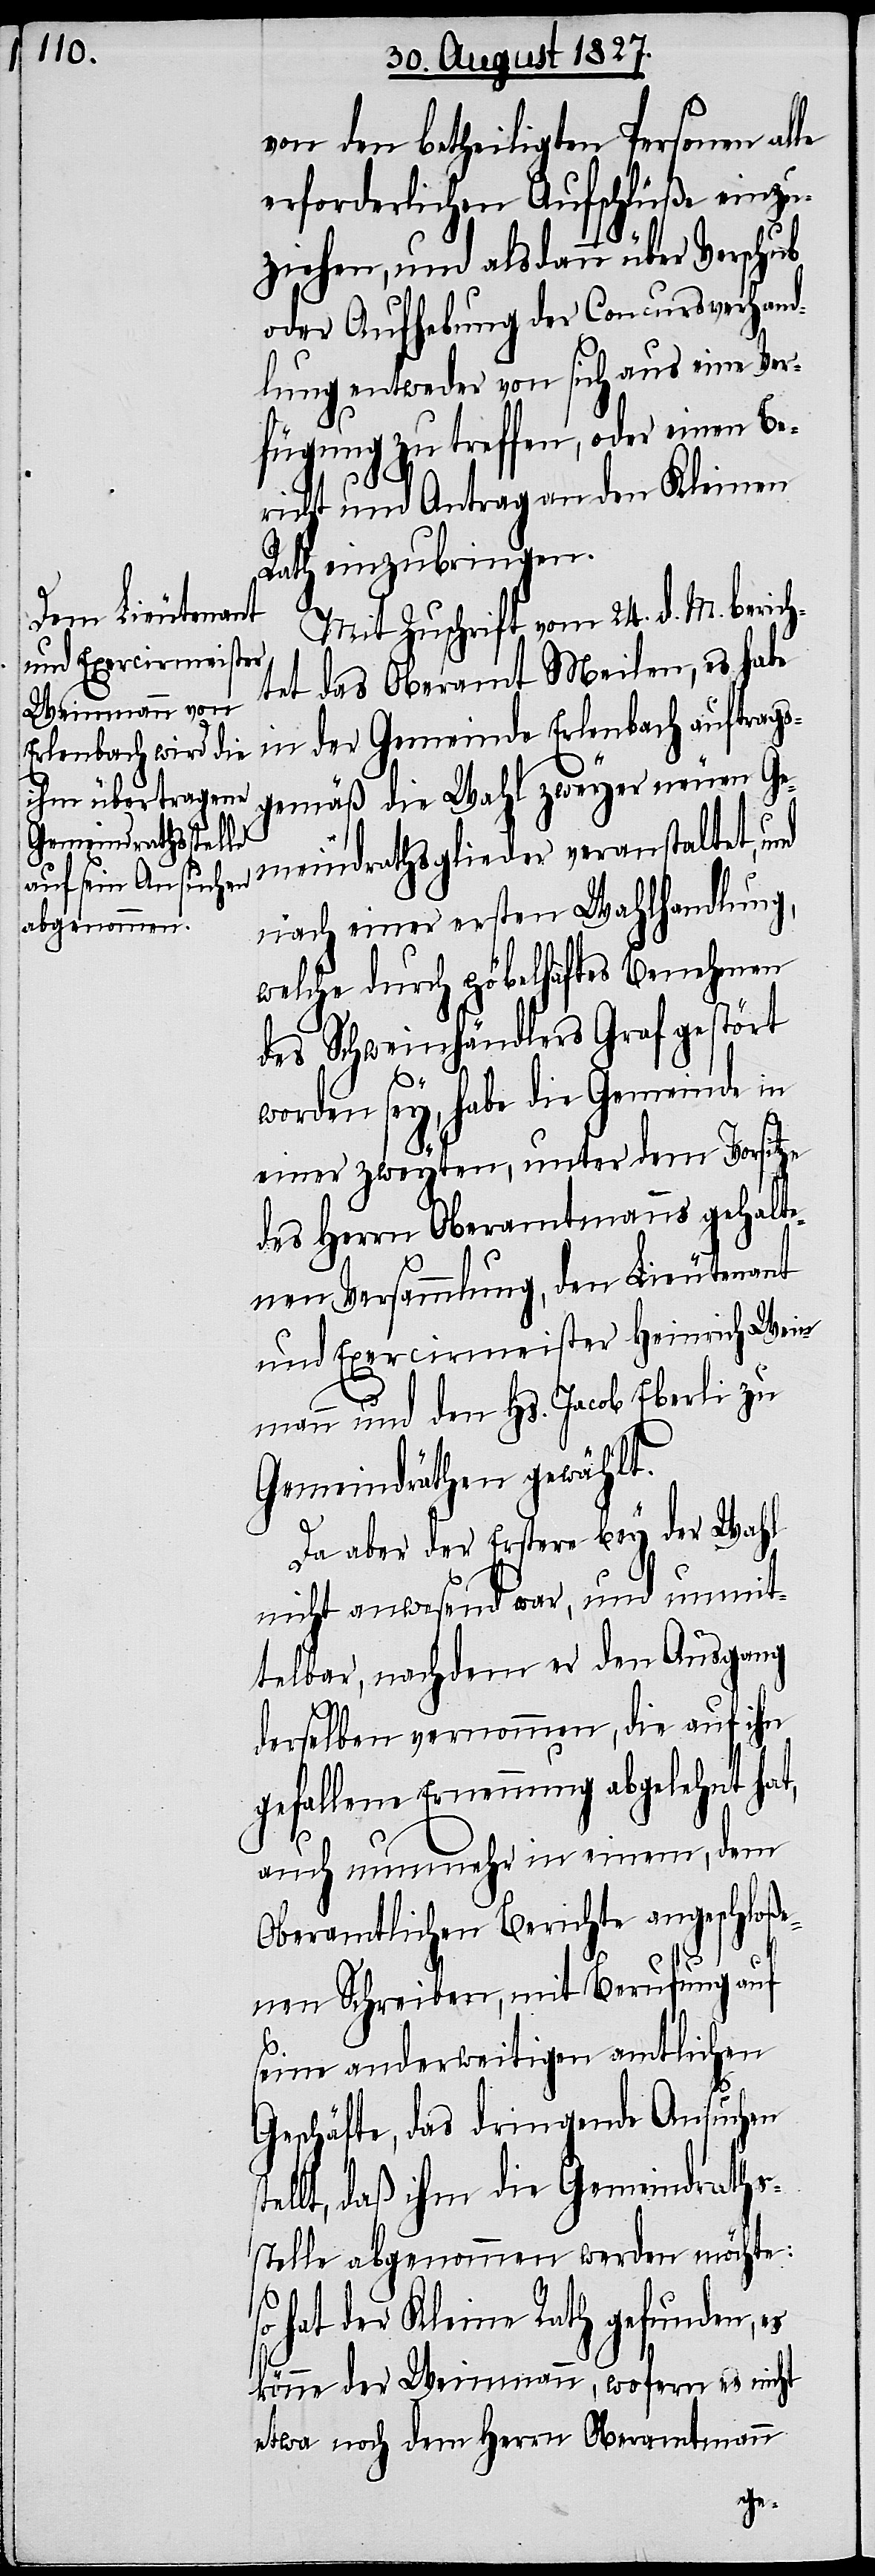
von den betheiligten Personen alle
erforderlichen Aufschlüße einzu¬
ziehen, und alsdann über Verschub
oder Aufhebung der Concursverhand¬
lung entweder von sich aus eine Ver¬
fügung zu treffen, oder einen Be¬
richt und Antrag an den Kleinen
Rath einzubringen.
Mit Zuschrift vom 24. d. M. berich¬
tet das Oberamt Meilen, es habe
in der Gemeinde Erlenbach auftrags¬
gemäß die Wahl zweyer neuen Ge¬
meindrathsglieder veranstaltet, und
nach einer ersten Wahlhandlung,
welche durch pöbelhaftes Benehmen
des Schweinhändlers Graf gestört
worden sey, habe die Gemeinde in
einer zweyten, unter dem Vorsitze
des Herrn Oberamtmanns gehalte¬
nen Versammlung, den Lieutenant
und Exerciermeister Heinrich Wein¬
mann und den Hs. Jacob Eberli zu
Gemeindräthen gewählt.
s¬
Da aber der Erstere bey der Wahl
nicht anwesend war, und unmit¬
telbar, nachdem er den Ausgang
ihn
derselben vernommen, die auf
gefallene Ernennung abgelehnt hat,
auch nunmehr in einem, dem
Oberamtlichen Berichte angeschloße¬
nen Schreiben, mit Berufung auf
seine anderweitigen amtlichen
Geschäfte, das dringende Ansuchen
tellt, daß ihm die Gemeindraths¬
stelle abgenommen werden möchte:
hat der Kleine Rath gefunden, es
könne der Weinmann, wofern es nicht
etwa noch dem Herrn Oberamtmann